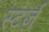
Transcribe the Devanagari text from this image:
स्टर्ज़